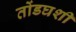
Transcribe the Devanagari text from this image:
तोंडघशी